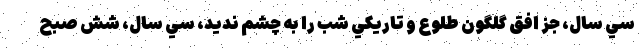
سي سال، جز افق گلگون طلوع و تاريكي شب را به چشم نديد، سي سال، شش صبح